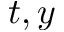
t , y